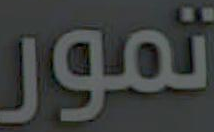
تمور